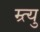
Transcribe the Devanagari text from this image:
म्र्त्यु